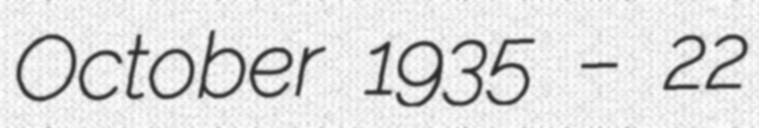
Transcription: October 1935 – 22